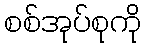
စစ်အုပ်စုကို